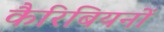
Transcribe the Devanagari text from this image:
कैरिबियनों